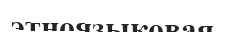
этноязыковая